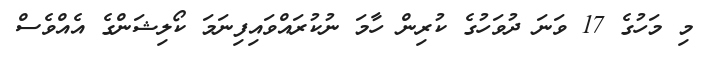
މި މަހުގެ 17 ވަނަ ދުވަހުގެ ކުރިން ހާމަ ނުކުރައްވައިފިނަމަ ކޯލިޝަންގެ އެއްވެސް